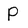
Character: P